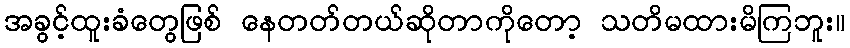
အခွင့်ထူးခံတွေဖြစ် နေတတ်တယ်ဆိုတာကိုတော့ သတိမထားမိကြဘူး။